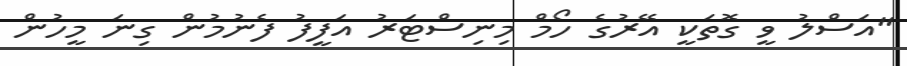
"އަސްލު ވީ ގޮތަކީ އޭރުގެ ހޯމް މިނިސްޓަރު އަފީފު ފެނުމުން ގިނަ މީހުން